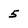
Character: 5